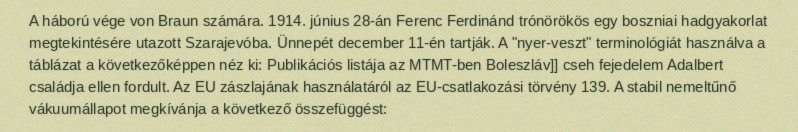
A háború vége von Braun számára. 1914. június 28-án Ferenc Ferdinánd trónörökös egy boszniai hadgyakorlat megtekintésére utazott Szarajevóba. Ünnepét december 11-én tartják. A "nyer-veszt" terminológiát használva a táblázat a következőképpen néz ki: Publikációs listája az MTMT-ben Boleszláv]] cseh fejedelem Adalbert családja ellen fordult. Az EU zászlajának használatáról az EU-csatlakozási törvény 139. A stabil nemeltűnő vákuumállapot megkívánja a következő összefüggést: